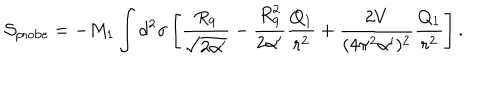
{ \cal S } _ { \mathrm { p r o b e } } = - M _ { 1 } \int d ^ { 2 } \sigma \left[ \frac { R _ { 9 } } { \sqrt { 2 \alpha ^ { \prime } } } - \frac { R _ { 9 } ^ { 2 } } { 2 \alpha ^ { \prime } } \frac { Q _ { 1 } } { r ^ { 2 } } + \frac { 2 V } { ( 4 \pi ^ { 2 } \alpha ^ { \prime } ) ^ { 2 } } \frac { Q _ { 1 } } { r ^ { 2 } } \right] .